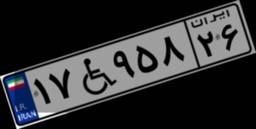
۱۷W۹۵۸۲۶